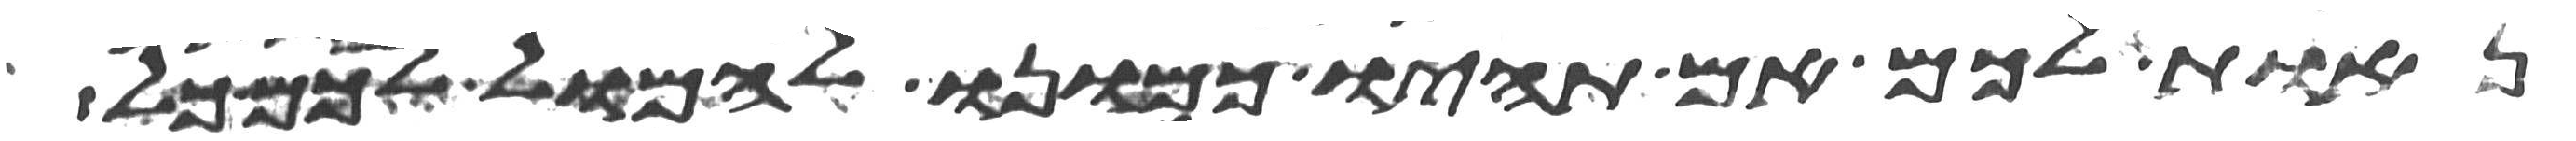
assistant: נאות לכם אם תהיו כמונו להמול לכם כל